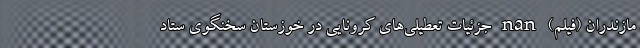
مازندران (فیلم) nan جزئیات تعطیلی‌های کرونایی در خوزستان سخنگوی ستاد